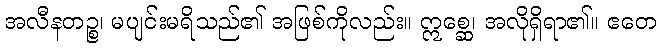
အလီနတဉ္စ၊ မပျင်းမရိသည်၏ အဖြစ်ကိုလည်း။ ဣစ္ဆေ၊ အလိုရှိရာ၏။ ဧတေ